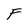
Character: F